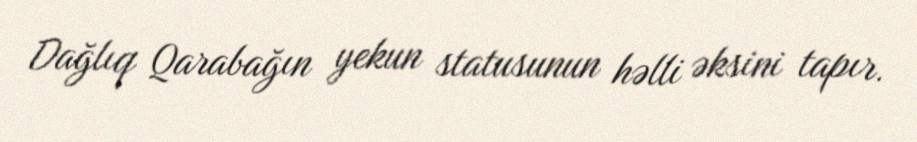
Dağlıq Qarabağın yekun statusunun həlli əksini tapır.